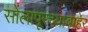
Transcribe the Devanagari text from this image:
सोलापूरच्याबाहेर